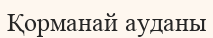
Қорманай ауданы